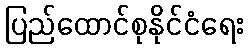
ပြည်ထောင်စုနိုင်ငံရေး